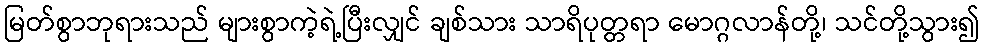
မြတ်စွာဘုရားသည် များစွာကဲ့ရဲ့ပြီးလျှင် ချစ်သား သာရိပုတ္တရာ မောဂ္ဂလာန်တို့၊ သင်တို့သွား၍